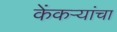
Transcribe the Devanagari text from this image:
केंकर्‍यांचा